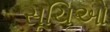
સૂચિઓ